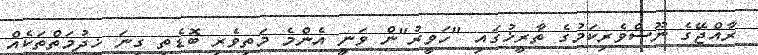
ރާއްޖޭގެ ނޫސްވެރިކަމުގެ ތާރީޚުގައި "ހަވީރު"ން ވަނީ އެންމެ މަތިވެރި ބޮޑެތި ގިނަ ޚިދުމަތްތަކެއް